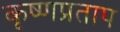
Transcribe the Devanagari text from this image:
कृष्णप्रताप